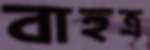
বাহুত্র